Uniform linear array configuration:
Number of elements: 16
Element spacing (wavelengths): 0.5
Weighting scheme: hamming
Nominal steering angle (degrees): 60
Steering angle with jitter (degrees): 61.405
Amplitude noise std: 0.05
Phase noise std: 0.05

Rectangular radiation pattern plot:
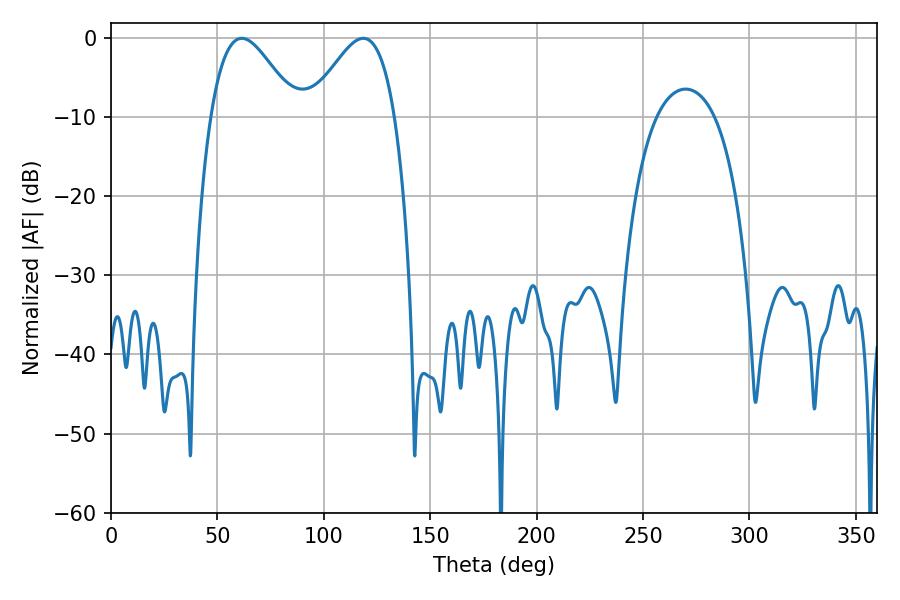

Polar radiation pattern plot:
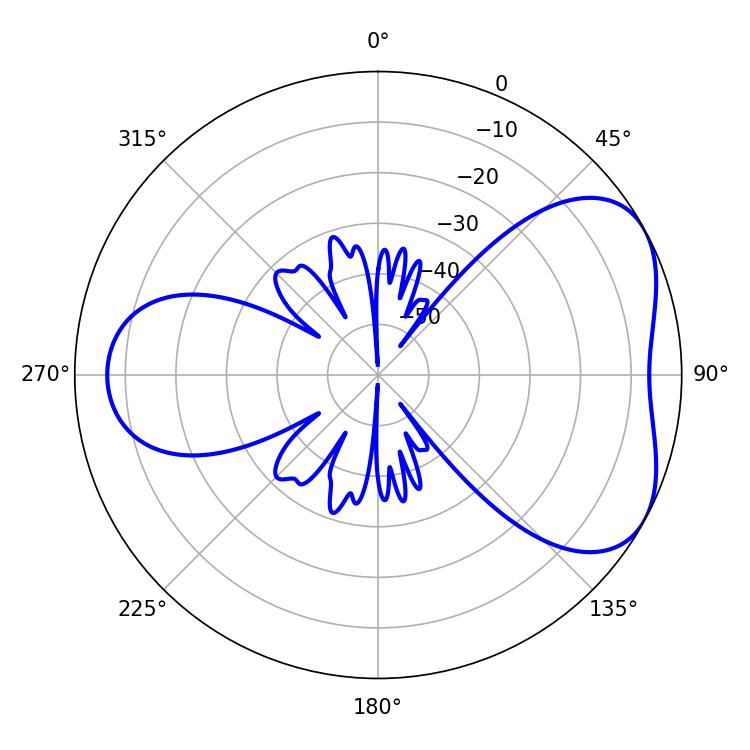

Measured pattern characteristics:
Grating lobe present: FALSE
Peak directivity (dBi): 4.865
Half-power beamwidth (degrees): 21.42
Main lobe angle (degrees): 61.38